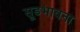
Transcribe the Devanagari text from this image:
सूडभावना